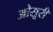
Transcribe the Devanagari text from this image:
ओसूरी